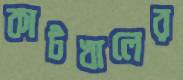
কাটখালের